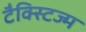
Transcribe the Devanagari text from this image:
टैक्स्टिज्म